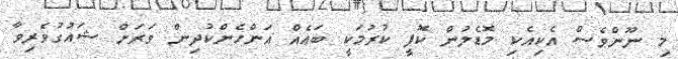
މި ނޫންވެސް އެކިއެކި މޮޑެލުން ކޮޕީ ކުރުމަކީ ބައެއް އަންހެންކުދިން ވަރަށް ޝައުގުވެރިވާ